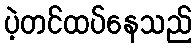
ပဲ့တင်ထပ်နေသည်